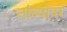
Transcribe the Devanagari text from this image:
तांब्यांवर